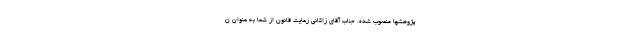
پژوهشها منصوب شده. جناب آقای زاکانی رعایت قانون از شما به عنوان ن